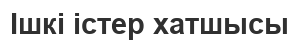
Ішкі істер хатшысы